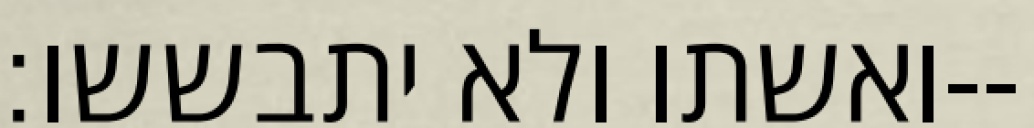
ואשתו ולא יתבששו׃--